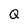
Character: Q